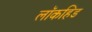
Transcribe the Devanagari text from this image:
लॉकहिड